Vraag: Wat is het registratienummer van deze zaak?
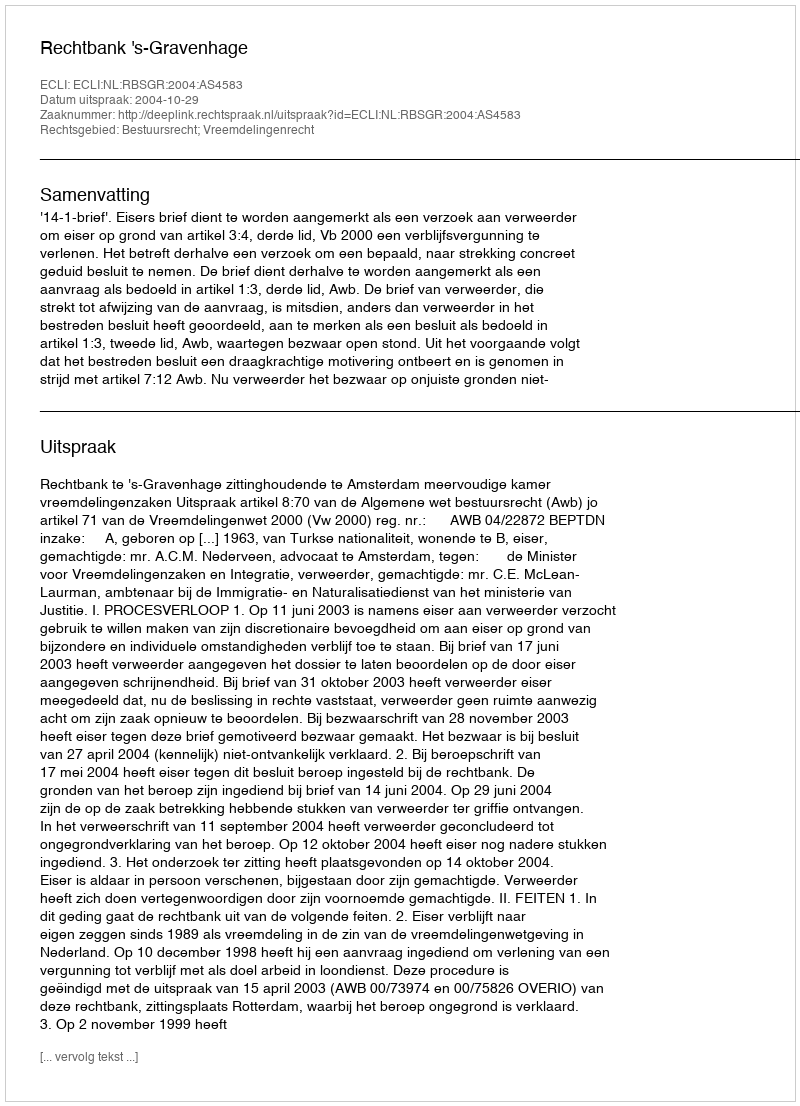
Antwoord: http://deeplink.rechtspraak.nl/uitspraak?id=ECLI:NL:RBSGR:2004:AS4583